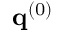
\mathbf { q } ^ { ( 0 ) }